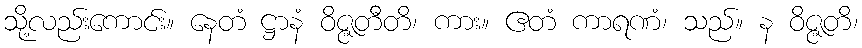
သို့လည်းကောင်း။ နေတံ ဋ္ဌာနံ ဝိဇ္ဇတီတိ၊ ကား။ ဧတံ ကာရဏံ၊ သည်။ န ဝိဇ္ဇတိ၊